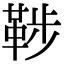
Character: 𩊶